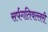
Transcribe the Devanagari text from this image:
सर्पगतिवल्लरी